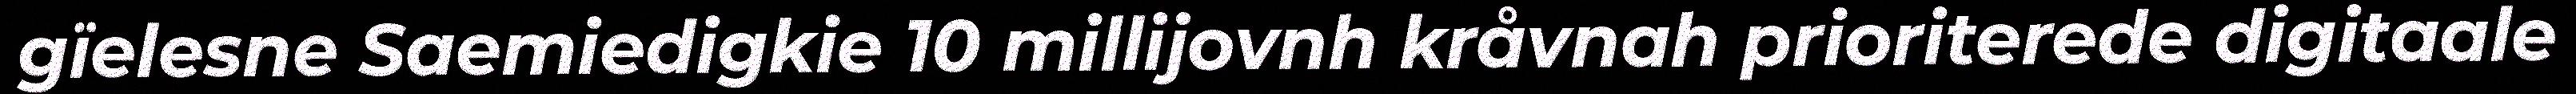
gïelesne Saemiedigkie 10 millijovnh kråvnah prioriterede digitaale